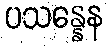
ပသန္နေန